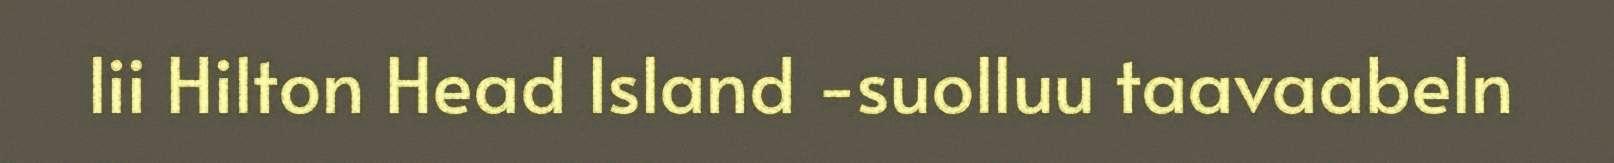
lii Hilton Head Island -suolluu taavaabeln